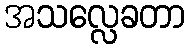
အသလ္လေခတာ